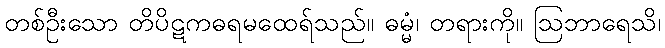
တစ်ဦးသော တိပိဋကဓရမထေရ်သည်။ ဓမ္မံ၊ တရားကို။ ဩဘာရေသိ၊